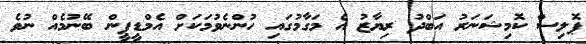
ޕޮލިސް ކޮމިޝަނަރު އަބްދު ރިޔާޒު އެ މަގާމުގައި ހުންނެވުމަކަށް އެމްޑީޕީން ބޭނުމެއް ނުވެ